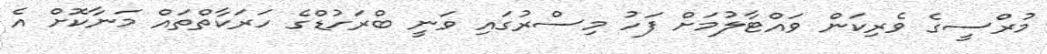
މުރްސީގެ ވެރިކަން ވައްޓާލުމަށް ފަހު މިސްރުގައި ވަނީ ބްރަހުޑްގެ ހަރަކާތްތައް މަނާކޮށް އެ